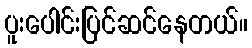
ပူးပေါင်းပြင်ဆင်နေတယ်။